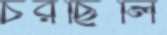
চরছিলি